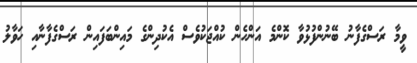
ވީމާ ރަސްގެފާނު ބޭނުންފުޅުވާ ކޮންމެ އަންހެން ކުއްޖަކުވެސް އެކުދިންގެ މައިންބަފައިން ރަސްގެފާނާއި ހަވާލު